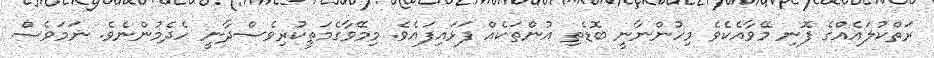
ރަތްކުލައެއްގެ ފޮނި މޭވާއެކެވެ މިހުންނާނީ ބޮޑެތި އުންތަކެއް ފަޅައިފައެވެ. މިމޭވާގެމަތީކުރިވެސްދާނީ ހެދެމުންނެވެ. ނަމަވެސް